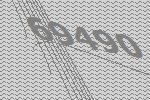
69490